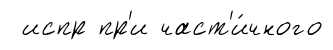
испр пр'и част'и́чного